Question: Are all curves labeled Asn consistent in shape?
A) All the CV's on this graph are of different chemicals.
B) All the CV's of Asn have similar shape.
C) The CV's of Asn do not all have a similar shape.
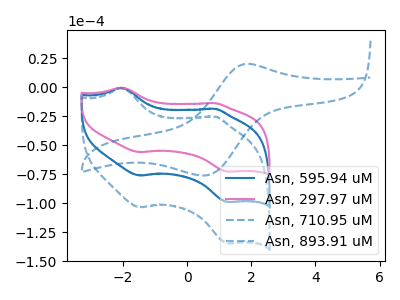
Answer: <think>The blue curve "Asn, 595.94 uM" has anodic peaks at (-2.05V, -0.35uA) (0.90V, -18.45uA) and cathodic peaks at (-1.50V, -76.00uA) (1.25V, -98.85uA). The pink curve "Asn, 297.97 uM" has anodic peaks at (-2.05V, -0.25uA) (0.90V, -13.55uA) and cathodic peaks at (-1.50V, -55.80uA) (1.25V, -72.60uA). The blue dashed curve "Asn, 710.95 uM" has an anodic peak at (1.90V, 20.35uA) and a cathodic peak at (0.60V, -75.95uA). The blue dashed curve "Asn, 893.91 uM" has anodic peaks at (-2.05V, -0.70uA) (0.90V, -36.90uA) and cathodic peaks at (-1.50V, -151.95uA) (1.25V, -197.65uA).
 All the peaks in "Asn, 595.94 uM" have a peak in "Asn, 297.97 uM" at the same potential. "Asn, 595.94 uM" and "Asn, 710.95 uM" have a different number of peaks. All the peaks in "Asn, 595.94 uM" have a peak in "Asn, 893.91 uM" at the same potential. "Asn, 297.97 uM" and "Asn, 710.95 uM" have a different number of peaks. All the peaks in "Asn, 297.97 uM" have a peak in "Asn, 893.91 uM" at the same potential. "Asn, 710.95 uM" and "Asn, 893.91 uM" have a different number of peaks.</think>
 <answer>B) All the CV's of "Asn" have similar shape.</answer>
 <eval>B</eval>